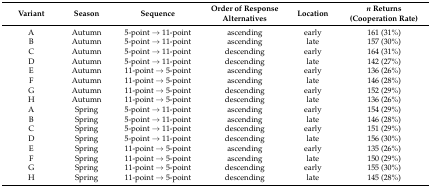
| Variant | Season | Sequence | Order of Response Alternatives | Location | n Returns (Cooperation Rate) |
 | --- | --- | --- | --- | --- | --- |
 | A | Autumn | 5-point → 11-point | ascending | early | 161 (31%) |
 | B | Autumn | 5-point → 11-point | ascending | late | 157 (30%) |
 | C | Autumn | 5-point → 11-point | descending | early | 164 (31%) |
 | D | Autumn | 5-point → 11-point | descending | late | 142 (27%) |
 | E | Autumn | 11-point → 5-point | ascending | early | 136 (26%) |
 | F | Autumn | 11-point → 5-point | ascending | late | 146 (28%) |
 | G | Autumn | 11-point → 5-point | descending | early | 152 (29%) |
 | H | Autumn | 11-point → 5-point | descending | late | 136 (26%) |
 | A | Spring | 5-point → 11-point | ascending | early | 154 (29%) |
 | B | Spring | 5-point → 11-point | ascending | late | 146 (28%) |
 | C | Spring | 5-point → 11-point | descending | early | 151 (29%) |
 | D | Spring | 5-point → 11-point | descending | late | 156 (30%) |
 | E | Spring | 11-point → 5-point | ascending | early | 135 (26%) |
 | F | Spring | 11-point → 5-point | ascending | late | 150 (29%) |
 | G | Spring | 11-point → 5-point | descending | early | 155 (30%) |
 | H | Spring | 11-point → 5-point | descending | late | 145 (28%) |